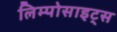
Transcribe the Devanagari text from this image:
लिम्पोसाइट्स